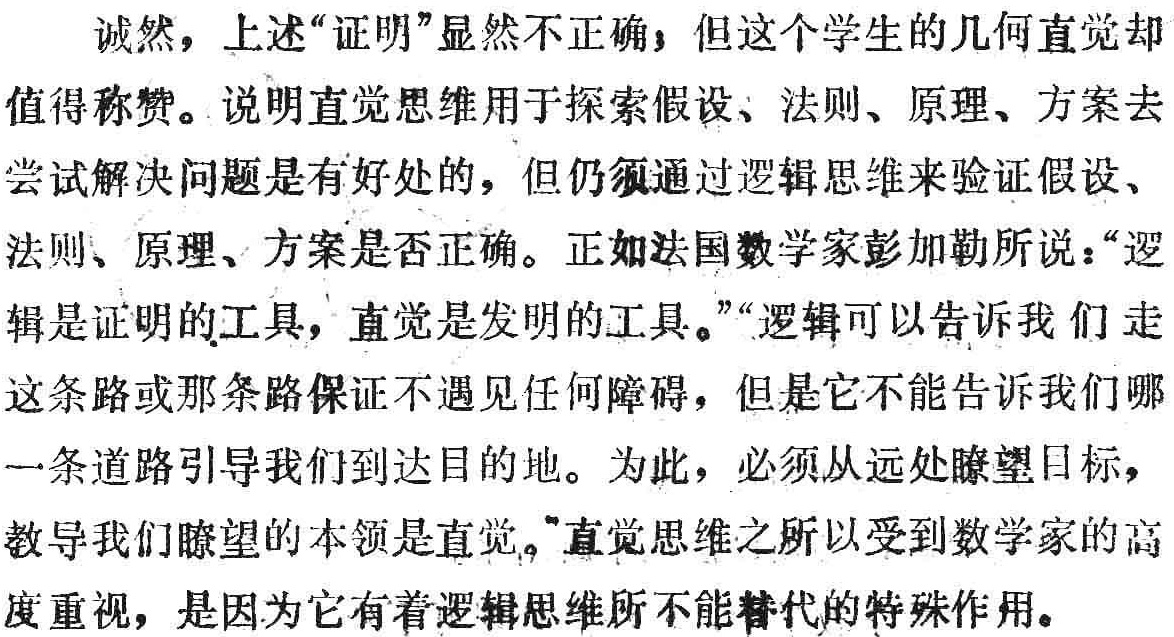
诚然，上述“证明”显然不正确，但这个学生的几何直觉却

值得称赞。说明直觉思维用于探索假设、法则、原理、方案去

尝试解决问题是有好处的，但仍须通过逻辑思维来验证假设、

法则、原理、方案是否正确。正如法国数学家彭加勒所说：“逻

辑是证明的工具，直觉是发明的工具。”“逻辑可以告诉我们走

这条路或那条路保证不遇见任何障碍，但是它不能告诉我们哪

一条道路引导我们到达目的地。为此，必须从远处瞭望目标，

教导我们瞭望的本领是直觉。”直觉思维之所以受到数学家的高

度重视，是因为它有着逻辑思维所不能替代的特殊作用。